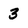
Character: 3